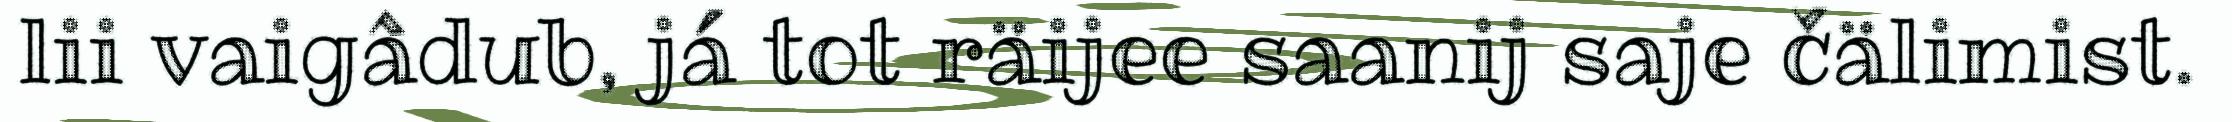
lii vaigâdub, já tot räijee saanij saje čälimist.